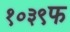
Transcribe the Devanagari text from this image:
१०३९फ